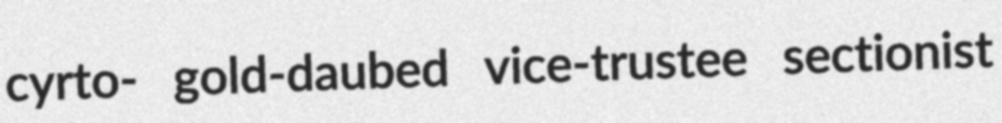
cyrto- gold-daubed vice-trustee sectionist